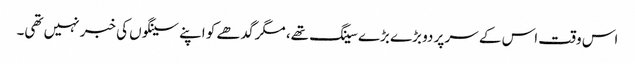
اس وقت اس کے سر پر دو بڑے بڑے سینگ تھے، مگر گدھے کو اپنے سینگوں کی خبر نہیں تھی۔